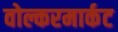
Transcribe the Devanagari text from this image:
वोल्करमार्कट